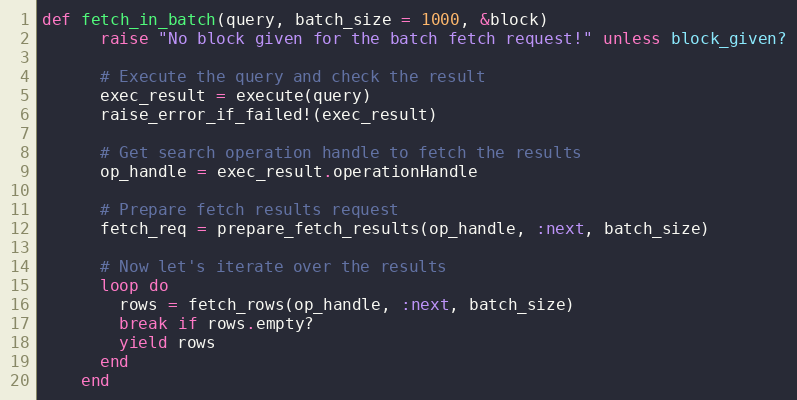
Language: Ruby
def fetch_in_batch(query, batch_size = 1000, &block)
      raise "No block given for the batch fetch request!" unless block_given?

      # Execute the query and check the result
      exec_result = execute(query)
      raise_error_if_failed!(exec_result)

      # Get search operation handle to fetch the results
      op_handle = exec_result.operationHandle

      # Prepare fetch results request
      fetch_req = prepare_fetch_results(op_handle, :next, batch_size)

      # Now let's iterate over the results
      loop do
        rows = fetch_rows(op_handle, :next, batch_size)
        break if rows.empty?
        yield rows
      end
    end